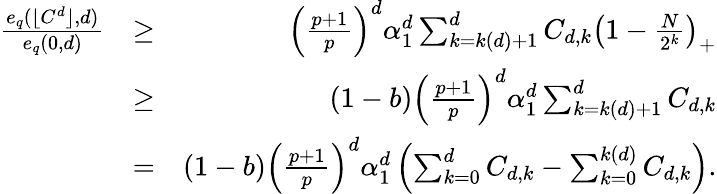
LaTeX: \begin{array}{rlr}{\frac{e_{q}(\lfloor C^{d}\rfloor,d)}{e_{q}(0,d)}}&{\ge}&{\left(\frac{p+1}{p}\right)^{d}\alpha_{1}^{d}\sum_{k=k(d)+1}^{d}C_{d,k}\left(1-\frac{N}{2^{k}}\right)_{+}}\\ &{\ge}&{(1-b)\left(\frac{p+1}{p}\right)^{d}\alpha_{1}^{d}\sum_{k=k(d)+1}^{d}C_{d,k}}\\ &{=}&{(1-b)\left(\frac{p+1}{p}\right)^{d}\alpha_{1}^{d}\left(\sum_{k=0}^{d}C_{d,k}-\sum_{k=0}^{k(d)}C_{d,k}\right).}\end{array}